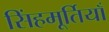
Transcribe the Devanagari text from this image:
सिंहमूर्तियाँ